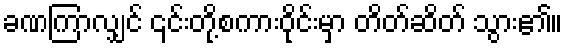
ခဏကြာလျှင် ၎င်းတို့စကားဝိုင်းမှာ တိတ်ဆိတ် သွား၏။